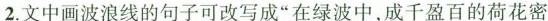
2.文中画波浪线的句子可改写成”在绿波中，成千盈百的荷花密